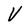
Character: V